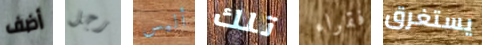
أضف رجل أليس تلك فقراء يستغرق